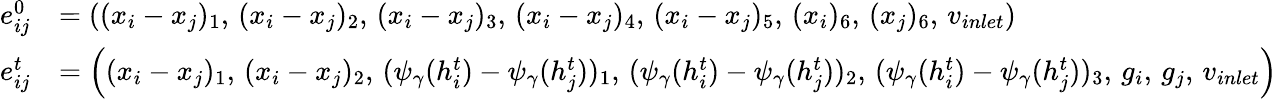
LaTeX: \begin{array}{rl}{e_{ij}^{0}}&{=\left((x_{i}-x_{j})_{1},\, (x_{i}-x_{j})_{2},\, (x_{i}-x_{j})_{3},\, (x_{i}-x_{j})_{4},\, (x_{i}-x_{j})_{5},\, (x_{i})_{6},\, (x_{j})_{6},\, v_{inlet}\right)}\\ {e_{ij}^{t}}&{=\left((x_{i}-x_{j})_{1},\, (x_{i}-x_{j})_{2},\, (\psi_{\gamma}(h_{i}^{t})-\psi_{\gamma}(h_{j}^{t}))_{1},\, (\psi_{\gamma}(h_{i}^{t})-\psi_{\gamma}(h_{j}^{t}))_{2},\, (\psi_{\gamma}(h_{i}^{t})-\psi_{\gamma}(h_{j}^{t}))_{3},\, g_{i},\, g_{j},\, v_{inlet}\right)}\end{array}